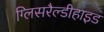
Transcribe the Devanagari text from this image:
ग्लिसरैल्डीहाइड